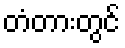
တံတားတွင်